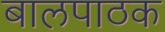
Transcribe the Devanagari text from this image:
बालपाठक